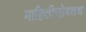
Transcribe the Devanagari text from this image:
माहितीसोबतच